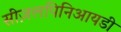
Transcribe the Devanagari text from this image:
सीज़लपिनिआयडी